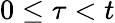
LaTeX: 0\leq\tau<t